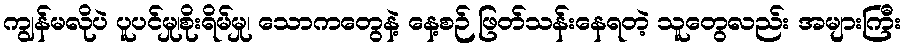
ကျွန်မလိုပဲ ပူပင်မှု၊စိုးရိမ်မှု၊ သောကတွေနဲ့ နေ့စဉ် ဖြတ်သန်းနေရတဲ့ သူတွေလည်း အများကြီး